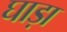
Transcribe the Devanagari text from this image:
घाड़ा